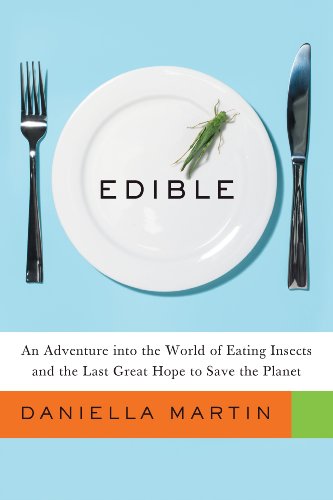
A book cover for Edible: An Adventure into the World of Eating Insects and the Last Great Hope to Save the Planet; Daniella Martin; Science & Math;